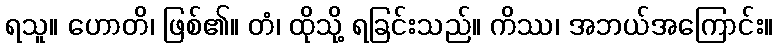
ရသူ။ ဟောတိ၊ ဖြစ်၏။ တံ၊ ထိုသို့ ရခြင်းသည်။ ကိဿ၊ အဘယ်အကြောင်း။